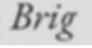
Brig